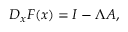
\begin{array} { r } { D _ { { \boldsymbol x } } F ( { \boldsymbol x } ) = I - \Lambda A , } \end{array}